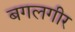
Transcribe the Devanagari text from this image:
बगलगीर